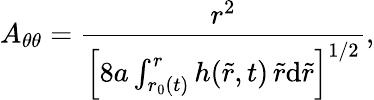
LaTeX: A_{\theta\theta}=\frac{r^{2}}{\left[8a\int_{r_{0}(t)}^{r}h(\tilde{r},t)\, \tilde{r}\mathrm{d}\tilde{r}\right]^{1/2}},